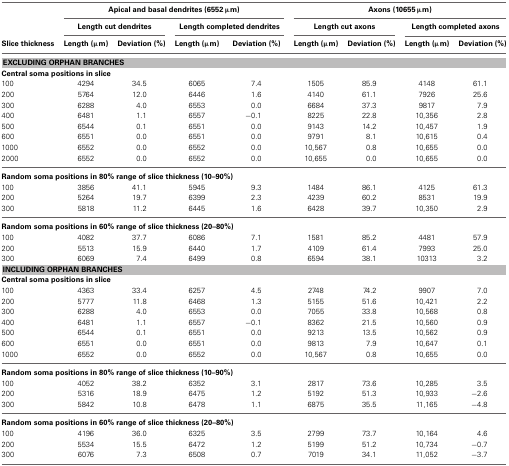
<table><thead><tr><td></td><td colspan="4"><b>Apical and basal dendrites (6552 μm)</b></td><td colspan="4"><b>Axons (10655 μm)</b></td></tr><tr><td></td><td colspan="2"><b>Length cut dendrites</b></td><td colspan="2"><b>Length completed dendrites</b></td><td colspan="2"><b>Length cut axons</b></td><td colspan="2"><b>Length completed axons</b></td></tr><tr><td><b>Slice thickness</b></td><td><b>Length (μm)</b></td><td><b>Deviation (%)</b></td><td><b>Length (μm)</b></td><td><b>Deviation (%)</b></td><td><b>Length (μm)</b></td><td><b>Deviation (%)</b></td><td><b>Length (μm)</b></td><td><b>Deviation (%)</b></td></tr></thead><tbody><tr><td colspan="9"><b>EXCLUDING ORPHAN BRANCHES</b></td></tr><tr><td colspan="9"><b>Central soma positions in slice</b></td></tr><tr><td>100</td><td>4294</td><td>34.5</td><td>6065</td><td>7.4</td><td>1505</td><td>85.9</td><td>4148</td><td>61.1</td></tr><tr><td>200</td><td>5764</td><td>12.0</td><td>6446</td><td>1.6</td><td>4140</td><td>61.1</td><td>7926</td><td>25.6</td></tr><tr><td>300</td><td>6288</td><td>4.0</td><td>6553</td><td>0.0</td><td>6684</td><td>37.3</td><td>9817</td><td>7.9</td></tr><tr><td>400</td><td>6481</td><td>1.1</td><td>6557</td><td>−0.1</td><td>8225</td><td>22.8</td><td>10,356</td><td>2.8</td></tr><tr><td>500</td><td>6544</td><td>0.1</td><td>6551</td><td>0.0</td><td>9143</td><td>14.2</td><td>10,457</td><td>1.9</td></tr><tr><td>600</td><td>6551</td><td>0.0</td><td>6551</td><td>0.0</td><td>9791</td><td>8.1</td><td>10,615</td><td>0.4</td></tr><tr><td>1000</td><td>6552</td><td>0.0</td><td>6552</td><td>0.0</td><td>10,567</td><td>0.8</td><td>10,655</td><td>0.0</td></tr><tr><td>2000</td><td>6552</td><td>0.0</td><td>6552</td><td>0.0</td><td>10,655</td><td>0.0</td><td>10,655</td><td>0.0</td></tr><tr><td colspan="9"><b>Random soma positions in 80% range of slice thickness (10–90%)</b></td></tr><tr><td>100</td><td>3856</td><td>41.1</td><td>5945</td><td>9.3</td><td>1484</td><td>86.1</td><td>4125</td><td>61.3</td></tr><tr><td>200</td><td>5264</td><td>19.7</td><td>6399</td><td>2.3</td><td>4239</td><td>60.2</td><td>8531</td><td>19.9</td></tr><tr><td>300</td><td>5818</td><td>11.2</td><td>6445</td><td>1.6</td><td>6428</td><td>39.7</td><td>10,350</td><td>2.9</td></tr><tr><td colspan="9"><b>Random soma positions in 60% range of slice thickness (20–80%)</b></td></tr><tr><td>100</td><td>4082</td><td>37.7</td><td>6086</td><td>7.1</td><td>1581</td><td>85.2</td><td>4481</td><td>57.9</td></tr><tr><td>200</td><td>5513</td><td>15.9</td><td>6440</td><td>1.7</td><td>4109</td><td>61.4</td><td>7993</td><td>25.0</td></tr><tr><td>300</td><td>6069</td><td>7.4</td><td>6499</td><td>0.8</td><td>6594</td><td>38.1</td><td>10313</td><td>3.2</td></tr><tr><td colspan="9"><b>INCLUDING ORPHAN BRANCHES</b></td></tr><tr><td colspan="9"><b>Central soma positions in slice</b></td></tr><tr><td>100</td><td>4363</td><td>33.4</td><td>6257</td><td>4.5</td><td>2748</td><td>74.2</td><td>9907</td><td>7.0</td></tr><tr><td>200</td><td>5777</td><td>11.8</td><td>6468</td><td>1.3</td><td>5155</td><td>51.6</td><td>10,421</td><td>2.2</td></tr><tr><td>300</td><td>6288</td><td>4.0</td><td>6553</td><td>0.0</td><td>7055</td><td>33.8</td><td>10,568</td><td>0.8</td></tr><tr><td>400</td><td>6481</td><td>1.1</td><td>6557</td><td>−0.1</td><td>8362</td><td>21.5</td><td>10,560</td><td>0.9</td></tr><tr><td>500</td><td>6544</td><td>0.1</td><td>6551</td><td>0.0</td><td>9213</td><td>13.5</td><td>10,562</td><td>0.9</td></tr><tr><td>600</td><td>6551</td><td>0.0</td><td>6551</td><td>0.0</td><td>9813</td><td>7.9</td><td>10,647</td><td>0.1</td></tr><tr><td>1000</td><td>6552</td><td>0.0</td><td>6552</td><td>0.0</td><td>10,567</td><td>0.8</td><td>10,655</td><td>0.0</td></tr><tr><td colspan="9"><b>Random soma positions in 80% range of slice thickness (10–90%)</b></td></tr><tr><td>100</td><td>4052</td><td>38.2</td><td>6352</td><td>3.1</td><td>2817</td><td>73.6</td><td>10,285</td><td>3.5</td></tr><tr><td>200</td><td>5316</td><td>18.9</td><td>6475</td><td>1.2</td><td>5192</td><td>51.3</td><td>10,933</td><td>−2.6</td></tr><tr><td>300</td><td>5842</td><td>10.8</td><td>6478</td><td>1.1</td><td>6875</td><td>35.5</td><td>11,165</td><td>−4.8</td></tr><tr><td colspan="9"><b>Random soma positions in 60% range of slice thickness (20–80%)</b></td></tr><tr><td>100</td><td>4196</td><td>36.0</td><td>6325</td><td>3.5</td><td>2799</td><td>73.7</td><td>10,164</td><td>4.6</td></tr><tr><td>200</td><td>5534</td><td>15.5</td><td>6472</td><td>1.2</td><td>5199</td><td>51.2</td><td>10,734</td><td>−0.7</td></tr><tr><td>300</td><td>6076</td><td>7.3</td><td>6508</td><td>0.7</td><td>7019</td><td>34.1</td><td>11,052</td><td>−3.7</td></tr></tbody></table>